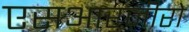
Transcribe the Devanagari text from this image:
एसआरज़ीरो